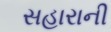
સહારાની